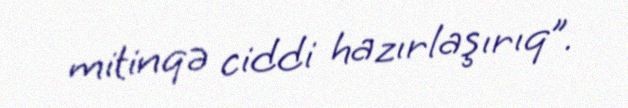
mitinqə ciddi hazırlaşırıq”.